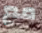
مع